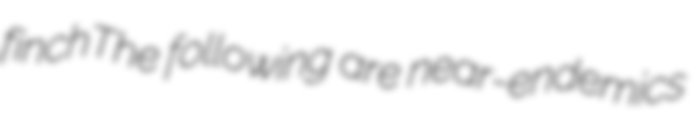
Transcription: finchThe following are near-endemics